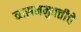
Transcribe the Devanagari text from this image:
व्यसनमुक्‍तीचे